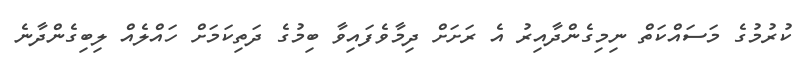
ކުރުމުގެ މަސައްކަތް ނިމިގެންދާއިރު އެ ރަށަށް ދިމާވެފައިވާ ބިމުގެ ދަތިކަމަށް ހައްލެއް ލިބިގެންދާނެ